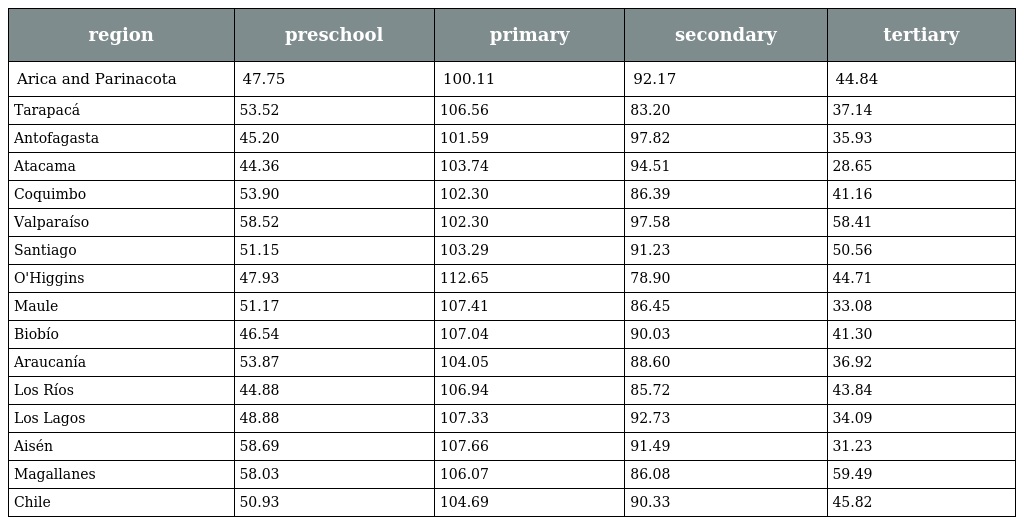
| region | preschool | primary | secondary | tertiary |
 | --- | --- | --- | --- | --- |
 | Arica and Parinacota | 47.75 | 100.11 | 92.17 | 44.84 |
 | Tarapacá | 53.52 | 106.56 | 83.20 | 37.14 |
 | Antofagasta | 45.20 | 101.59 | 97.82 | 35.93 |
 | Atacama | 44.36 | 103.74 | 94.51 | 28.65 |
 | Coquimbo | 53.90 | 102.30 | 86.39 | 41.16 |
 | Valparaíso | 58.52 | 102.30 | 97.58 | 58.41 |
 | Santiago | 51.15 | 103.29 | 91.23 | 50.56 |
 | O'Higgins | 47.93 | 112.65 | 78.90 | 44.71 |
 | Maule | 51.17 | 107.41 | 86.45 | 33.08 |
 | Biobío | 46.54 | 107.04 | 90.03 | 41.30 |
 | Araucanía | 53.87 | 104.05 | 88.60 | 36.92 |
 | Los Ríos | 44.88 | 106.94 | 85.72 | 43.84 |
 | Los Lagos | 48.88 | 107.33 | 92.73 | 34.09 |
 | Aisén | 58.69 | 107.66 | 91.49 | 31.23 |
 | Magallanes | 58.03 | 106.07 | 86.08 | 59.49 |
 | Chile | 50.93 | 104.69 | 90.33 | 45.82 |